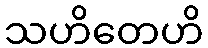
သဟိတေဟိ